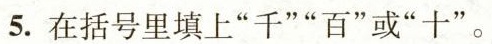
5.在括号里填上”千””百”或”十”。